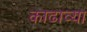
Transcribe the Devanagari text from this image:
काढाव्या